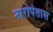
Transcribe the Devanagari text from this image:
नारोपंतास